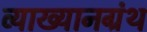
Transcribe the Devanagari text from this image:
व्याख्यानग्रंथ